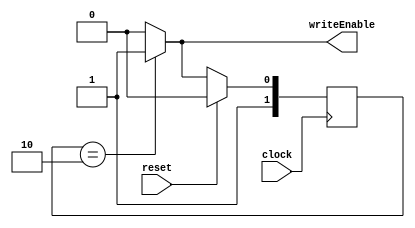
`timescale 1ns / 1ps
//////////////////////////////////////////////////////////////////////////////////
// Company: 
// Engineer: 
// 
// Design Name: 
// Module Name:    FSMVGA 
// Project Name: 
// Target Devices: 
// Tool versions: 
// Description: 
//
// Dependencies: 
//
// Revision: 
// Revision 0.01 - File Created
// Additional Comments: 
//
//////////////////////////////////////////////////////////////////////////////////
module FSMVGA(
	input wire clock,
	input wire reset,
	output reg writeEnable
);

//Others
reg [2:0] state = 0;

parameter box = 2;
parameter readBox = 3;

always @(posedge clock )
     begin
		if (reset)
			state <= box;
      else
         case (state)
				box:
					state <=readBox;
				readBox:
					state <= box;
				default:
					state <= box;
			endcase
		end
	
always @(state)
	begin
		case (state)
			box:
				begin
					writeEnable = 1;
				end
			readBox:
				begin
					writeEnable = 0;
				end
			default:
				begin
					writeEnable = 0;
				end
		endcase
	end

endmodule